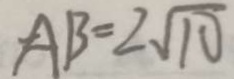
A B = 2 \sqrt { 1 0 }